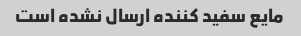
مایع سفید کننده ارسال نشده است